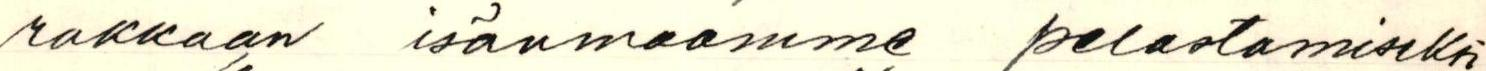
rakkaan isänmaamme pelastamiseksi